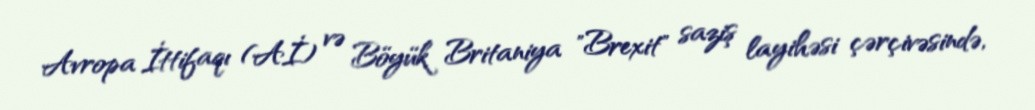
Avropa İttifaqı (Aİ) və Böyük Britaniya "Brexit" saziş layihəsi çərçivəsində,